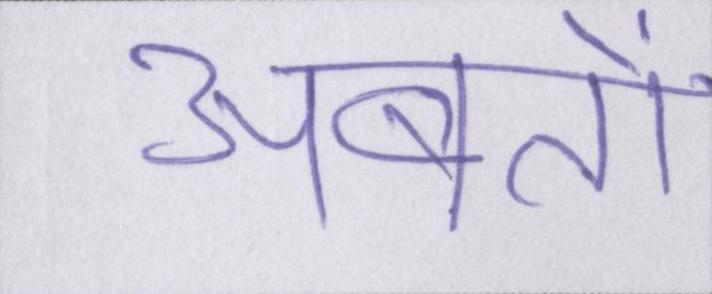
अबतो